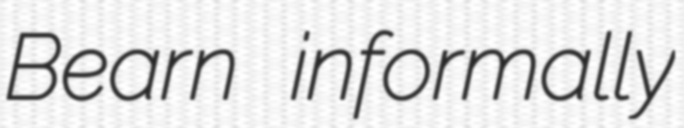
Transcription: Bearn informally